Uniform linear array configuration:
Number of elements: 64
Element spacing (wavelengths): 0.75
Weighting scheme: hamming
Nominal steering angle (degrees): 60
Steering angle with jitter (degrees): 59.888
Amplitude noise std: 0.05
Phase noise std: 0.05

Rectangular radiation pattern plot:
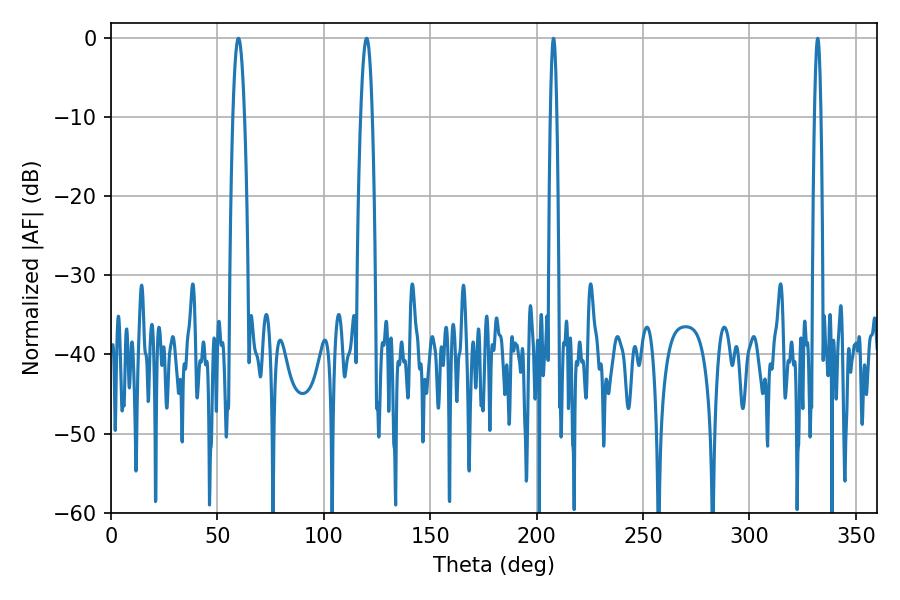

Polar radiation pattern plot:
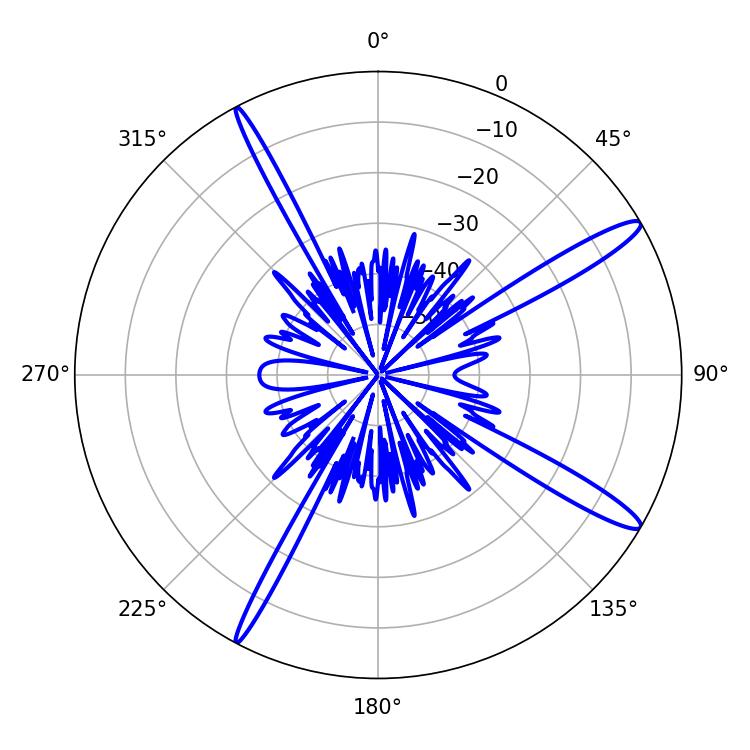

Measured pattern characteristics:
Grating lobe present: TRUE
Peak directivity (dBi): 14.637
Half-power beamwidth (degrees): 1.62
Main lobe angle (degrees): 207.9